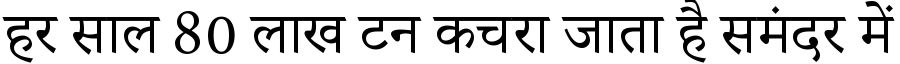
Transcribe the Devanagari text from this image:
हर साल 80 लाख टन कचरा जाता है समंदर में